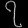
Digit: ၇